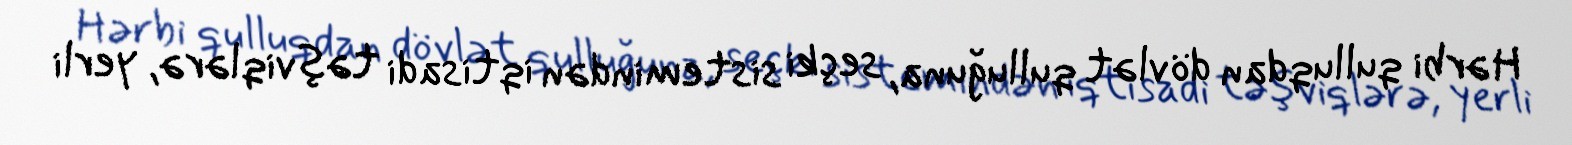
Hərbi qulluqdan dövlət qulluğuna, seçki sistemindən iqtisadi təşviqlərə, yerli